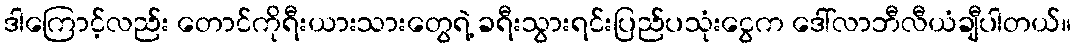
ဒါကြောင့်လည်း တောင်ကိုရီးယားသားတွေရဲ့ ခရီးသွားရင်းပြည်ပသုံးငွေက ဒေါ်လာဘီလီယံချီပါတယ်။